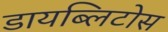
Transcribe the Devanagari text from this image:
डायब्लिटोस